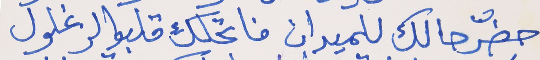
حضّر حالك للميدان      فاتحلك قلبوا الزغلول